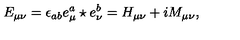
E _ { \mu \nu } = \epsilon _ { a b } e _ { \mu } ^ { a } \star e _ { \nu } ^ { b } = H _ { \mu \nu } + i M _ { \mu \nu } ,